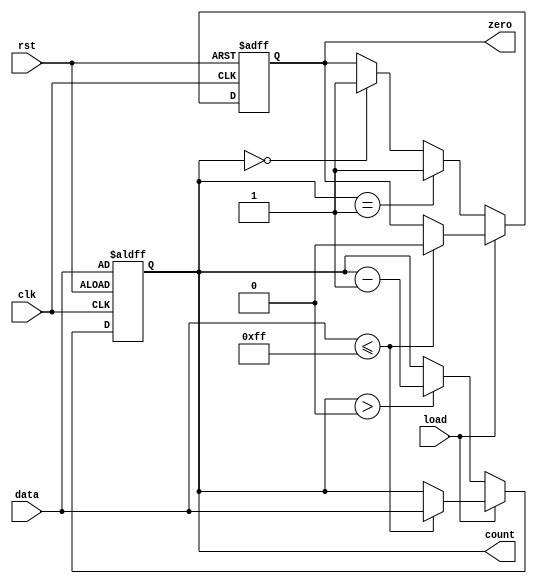
module MemoryBlocksDownCounter (
    input wire clk,        // Clock signal
    input wire rst,        // Asynchronous reset signal
    input wire load,       // Load control signal
    input wire [7:0] data, // Input data for loading the counter
    output reg [7:0] count, // Current value of the counter
    output reg zero        // Zero flag
);

    // Initial value for the counter
    initial begin
        count = 8'b0; // Initialize count to 0
        zero = 1'b0;  // Initialize zero flag to 0
    end

    always @(posedge clk or posedge rst) begin
        if (rst) begin
            count <= data; // Load initial value on reset
            zero <= 1'b0;  // Reset zero flag
        end else if (load) begin
            if (data <= 8'hFF) begin // Ensure data does not exceed max value
                count <= data; // Load the specified value
                zero <= 1'b0;   // Reset zero flag on load
            end
        end else begin
            if (count > 0) begin
                count <= count - 1; // Decrement counter
            end
            if (count == 1) begin
                zero <= 1'b1; // Set zero flag when counter reaches zero
            end else if (count == 0) begin
                zero <= 1'b1; // Maintain zero flag when counter is zero
            end
        end
    end

endmodule